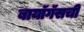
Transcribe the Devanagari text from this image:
बायॉगॅसची